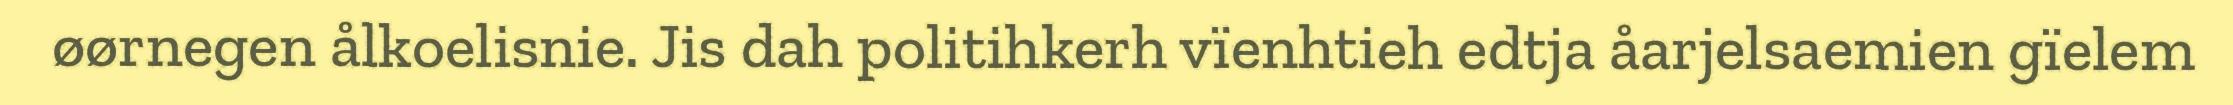
øørnegen ålkoelisnie. Jis dah politihkerh vïenhtieh edtja åarjelsaemien gïelem